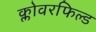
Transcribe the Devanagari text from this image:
क्लोवरफिल्ड